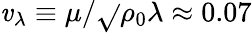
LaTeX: \mathit{v}_{\lambda}\equiv\mu/\sqrt{}{{\rho_{0}\lambda}}\approx0.07